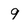
Character: 9